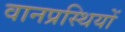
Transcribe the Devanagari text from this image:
वानप्रस्थियों